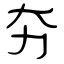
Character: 夯